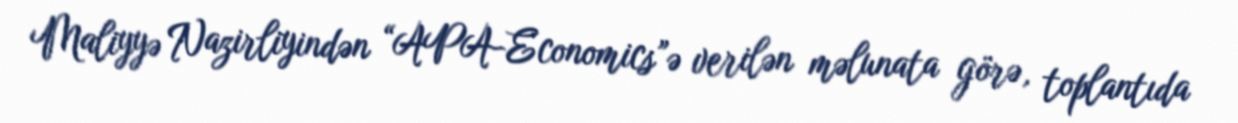
Maliyyə Nazirliyindən “APA-Economics”ə verilən məlunata görə, toplantıda